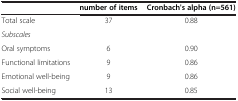
|  | number of items | Cronbach's alpha (n=561) |
 | --- | --- | --- |
 | Total scale | 37 | 0.88 |
 | Subscales |  |  |
 | Oral symptoms | 6 | 0.90 |
 | Functional limitations | 9 | 0.86 |
 | Emotional well-being | 9 | 0.86 |
 | Social well-being | 13 | 0.85 |